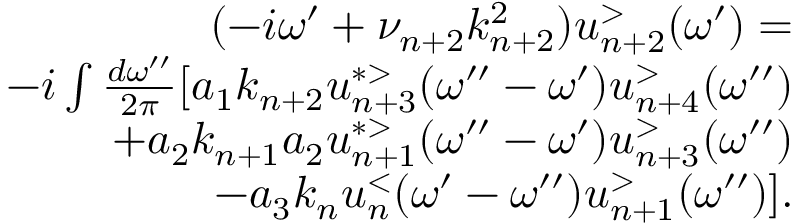
\begin{array} { r l r } & { } & { ( - i \omega ^ { \prime } + \nu _ { n + 2 } k _ { n + 2 } ^ { 2 } ) u _ { n + 2 } ^ { > } ( \omega ^ { \prime } ) = } \\ & { } & { - i \int \frac { d \omega ^ { \prime \prime } } { 2 \pi } [ a _ { 1 } k _ { n + 2 } u _ { n + 3 } ^ { * > } ( \omega ^ { \prime \prime } - \omega ^ { \prime } ) u _ { n + 4 } ^ { > } ( \omega ^ { \prime \prime } ) } \\ & { } & { + a _ { 2 } k _ { n + 1 } a _ { 2 } u _ { n + 1 } ^ { * > } ( \omega ^ { \prime \prime } - \omega ^ { \prime } ) u _ { n + 3 } ^ { > } ( \omega ^ { \prime \prime } ) } \\ & { } & { - a _ { 3 } k _ { n } u _ { n } ^ { < } ( \omega ^ { \prime } - \omega ^ { \prime \prime } ) u _ { n + 1 } ^ { > } ( \omega ^ { \prime \prime } ) ] . } \end{array}